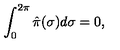
\int _ { 0 } ^ { 2 \pi } \hat { \pi } ( \sigma ) d \sigma = 0 ,